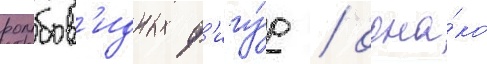
ромбов'идных ф'игу́р / одна́ко